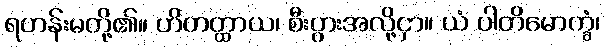
ရဟန်းမတို့၏။ ဟိတတ္ထာယ၊ စီးပွားအလို့ငှာ။ ယံ ပါတိမောက္ခံ၊